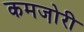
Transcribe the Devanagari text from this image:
कमजो़री